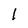
Character: 1